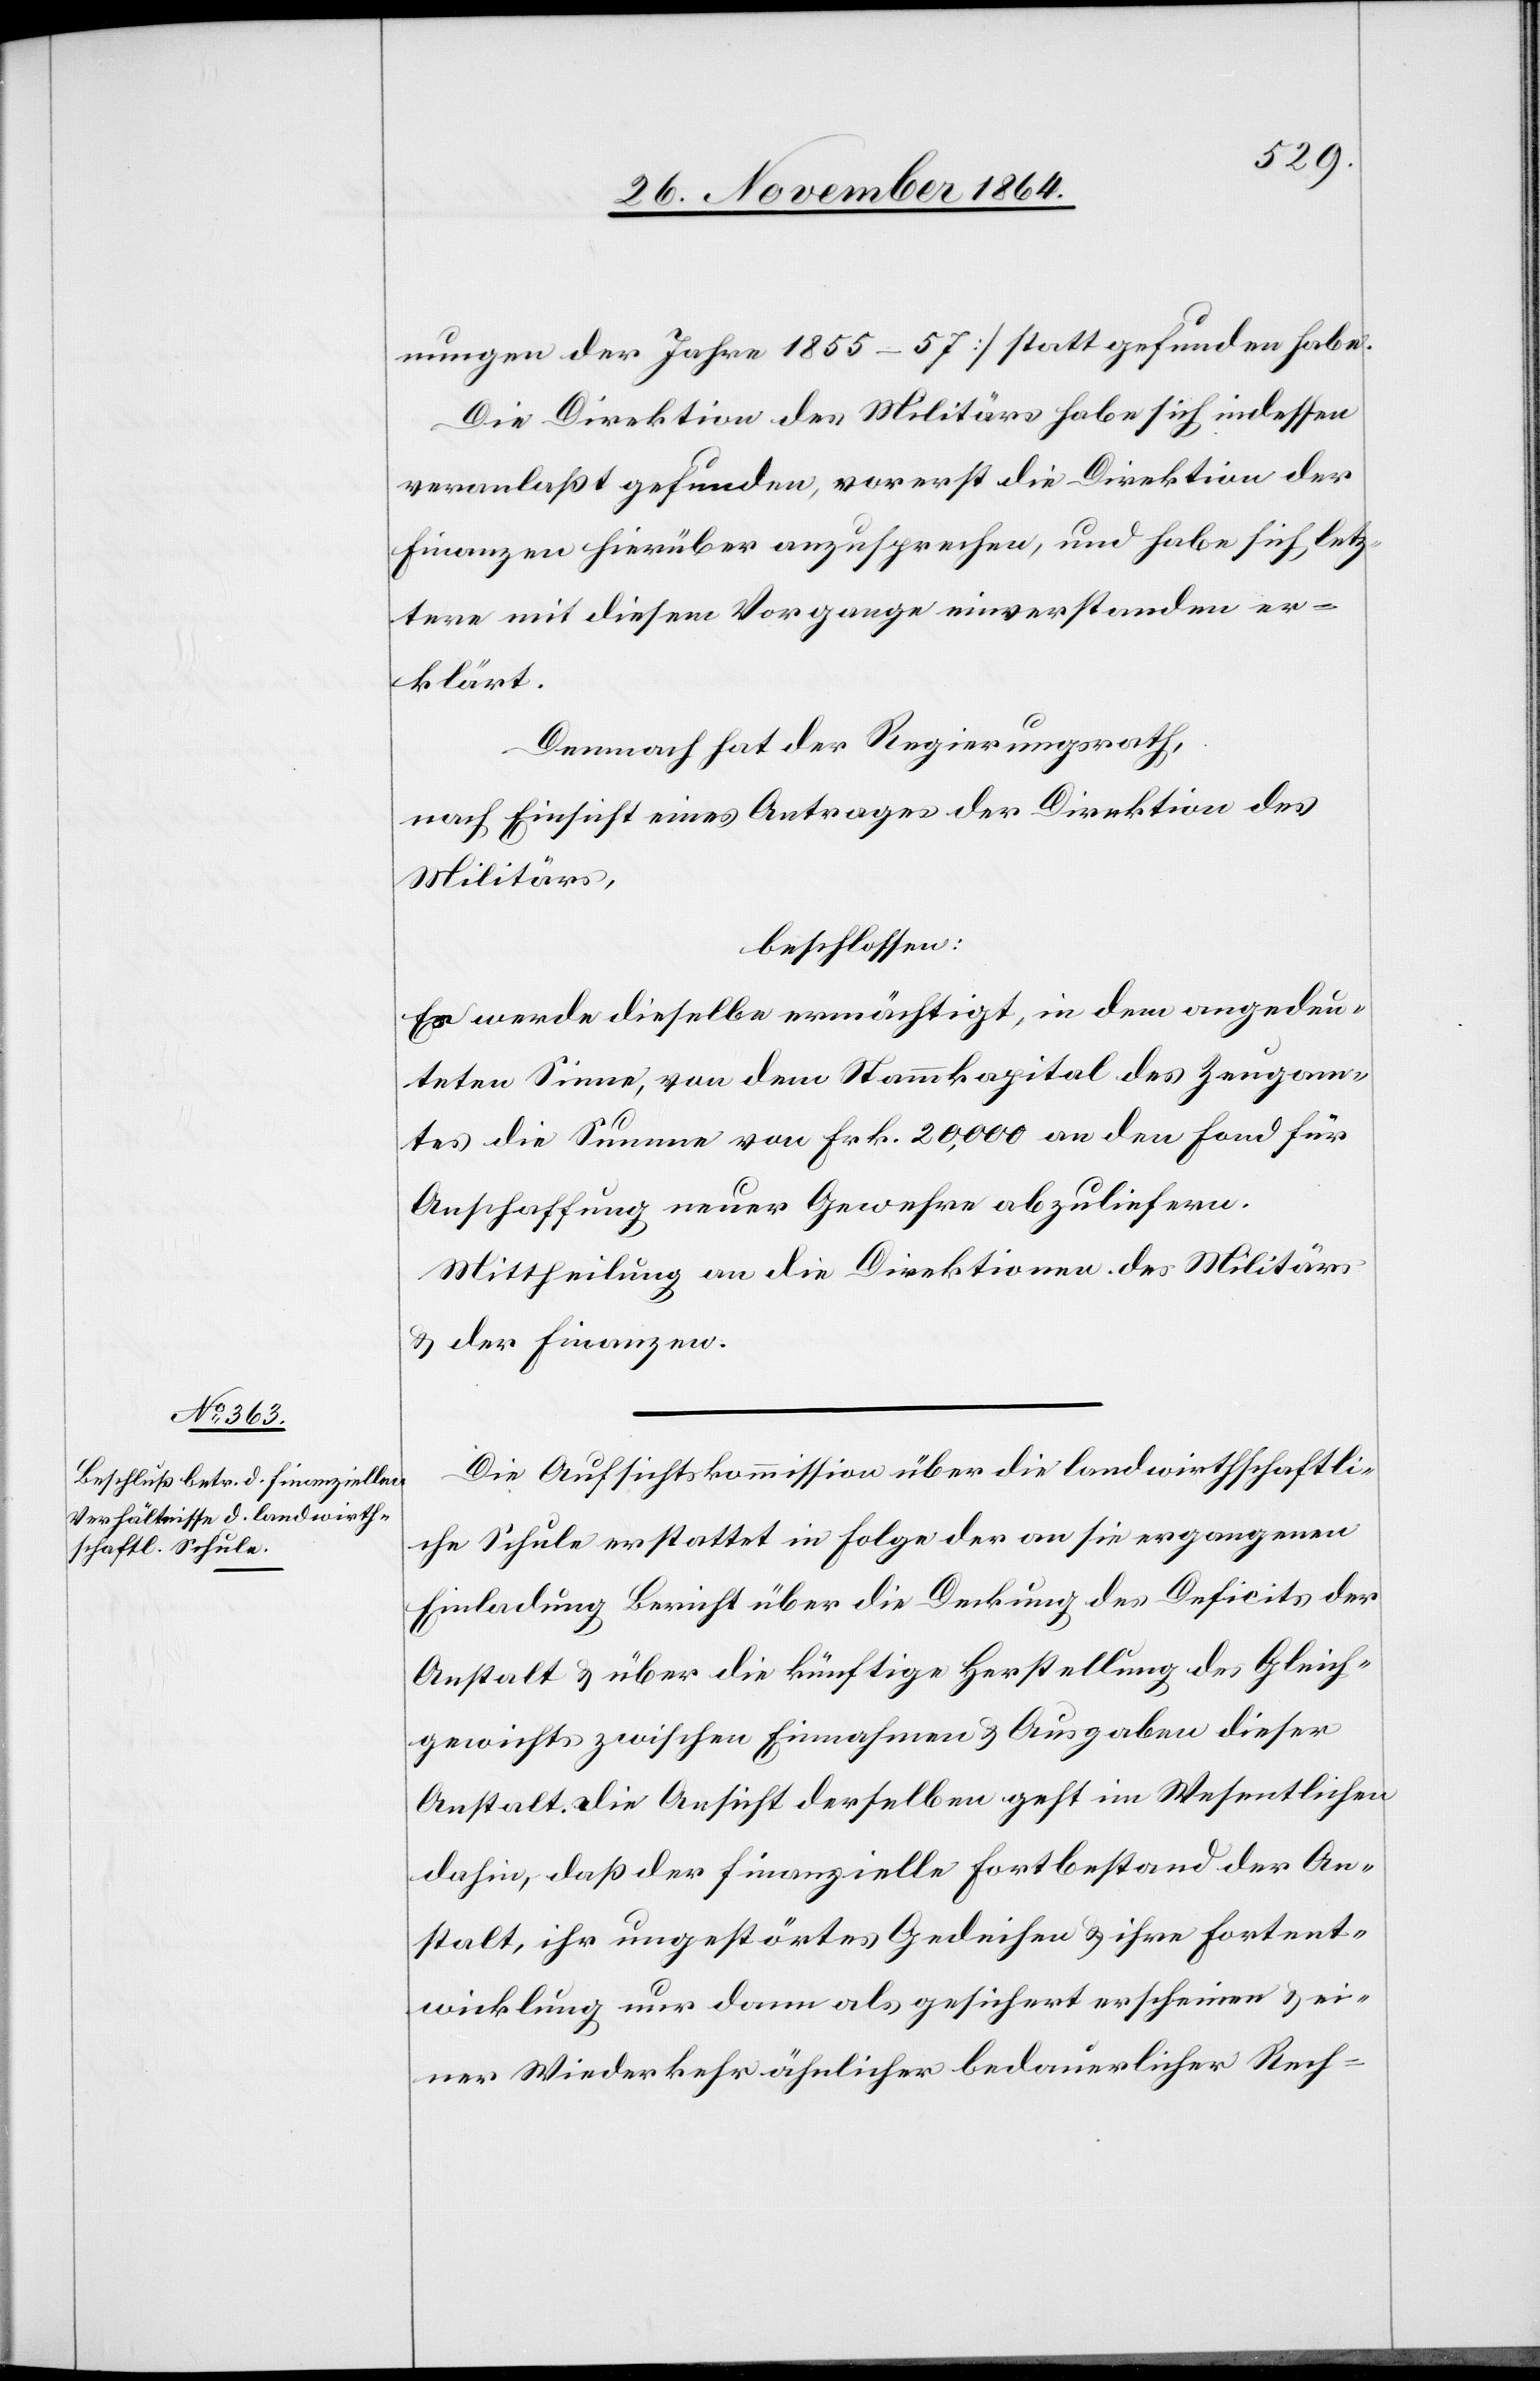
nungen der Jahre 1855–57] stattgefunden habe.
Die Direktion des Militärs habe sich indessen
veranlaßt gefunden, vorerst die Direktion der
Finanzen hierüber anzusprechen, und habe sich letz¬
tere mit diesem Vorgange einverstanden er¬
klärt.
Demnach hat der Regierungsrath,
nach Einsicht eines Antrages der Direktion des
Militärs,
beschlossen:
Es werde dieselbe ermächtigt, in dem angedeu¬
teten Sinne, von dem Stammkapital des Zeugam¬
tes die Summe von Frk. 20,000 an den Fond für
Anschaffung neuer Gewehre abzuliefern.
Mittheilung an die Direktionen des Militärs
& der Finanzen.
Die Aufsichtskommission über die landwirthschaftli¬
che Schule erstattet in Folge der an sie ergangenen
Einladung Bericht über die Deckung des Deficits der
Anstalt & über die künftige Herstellung des Gleich¬
gewichts zwischen Einnahmen & Ausgaben dieser
Anstalt. Die Ansicht derselben geht im Wesentlichen
dahin, daß der finanzielle Fortbestand der An¬
stalt, ihr ungestörtes Gedeihen & ihre Fortent¬
wicklung nur dann als gesichert erscheinen & ei¬
ner Wiederkehr ähnlicher bedauerlicher Rech-